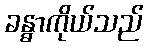
ခန္ဓာကိုယ်သည်